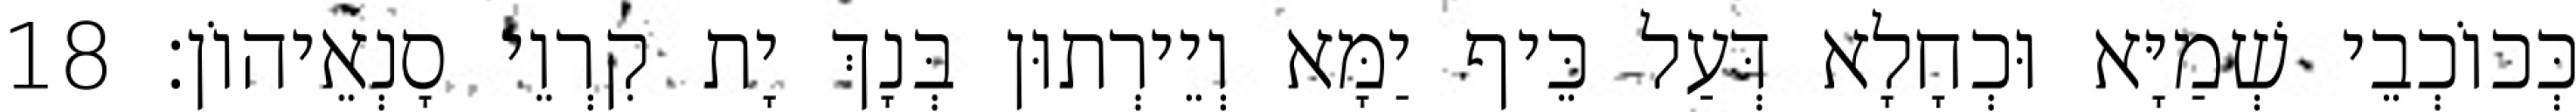
כְּכוֹכְבֵי שְׁמַיָּא וּכְחָלָא דְּעַל כֵּיף יַמָּא וְיֵירְתוּן בְּנָךְ יָת קִרְוֵי סָנְאֵיהוֹן׃ 18